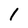
Character: 1